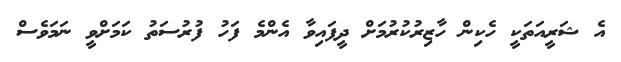
އެ ޝަރީއަތަކީ ހެކިން ހާޒިރުކުރުމަށް ދީފައިވާ އެންމެ ފަހު ފުރުސަތު ކަމަށްވީ ނަމަވެސް